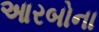
આરબોના